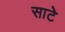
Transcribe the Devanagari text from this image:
साटे